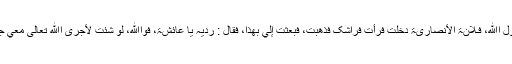
قَالَتْ : قُلْتُ : یَا رَسُوْلَ اﷲِ، فَـلَانَۃٌ الْأَنْصَارِیَّۃُ دَخَلَتْ فَرَأَتْ فِرَاشَکَ فَذَھَبَتْ، فَبَعَثَتْ إِلَيَّ بِھٰذَا، فَقَالَ : رُدِّیْہِ یَا عَائِشَۃُ، فَوَاﷲِ، لَوْ شِئْتُ لَأَجْرَی اﷲُ تَعَالٰی مَعِيَ جِبَالَ الذَّھَبِ وَالْفِضَّۃِ۔